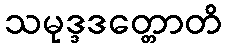
သမုဒ္ဒဒတ္တောတိ